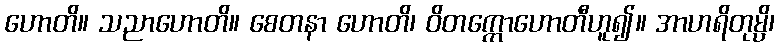
ဟောတိ။ သညာဟောတိ။ စေတနာ ဟောတိ၊ ဝိတက္ကောဟောတီဟူ၍။ အာဟရိတုမ္ပိ၊